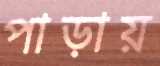
পাড়ায়